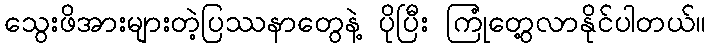
သွေးဖိအားများတဲ့ပြဿနာတွေနဲ့ ပိုပြီး ကြုံတွေ့လာနိုင်ပါတယ်။